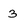
Character: 3